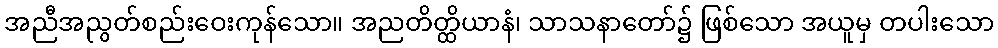
အညီအညွတ်စည်းဝေးကုန်သော။ အညတိတ္ထိယာနံ၊ သာသနာတော်၌ ဖြစ်သော အယူမှ တပါးသော